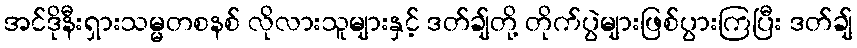
အင်ဒိုနီးရှားသမ္မတစနစ် လိုလားသူများနှင့် ဒတ်ချ်တို့ တိုက်ပွဲများဖြစ်ပွားကြပြီး ဒတ်ချ်